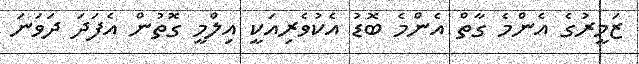
ޒަމީރުގެ އެންމެ ގާތް އެންމެ ބޮޑު އެކުވެރިއަކީ އިލްމީ ގޮތުން އެފަދަ ދަވަނަ